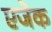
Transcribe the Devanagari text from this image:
एजेक